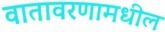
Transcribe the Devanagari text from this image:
वातावरणामधील